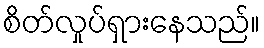
စိတ်လှုပ်ရှားနေသည်။